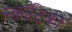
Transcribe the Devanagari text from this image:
स्कॉटिका